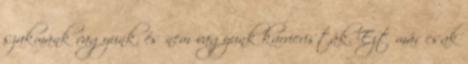
szakmánk vagyunk, és nem vagyunk karrieristák. Ezt már csak